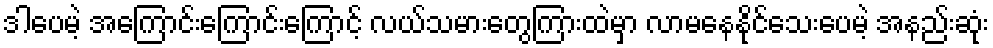
ဒါပေမဲ့ အကြောင်းကြောင်းကြောင့် လယ်သမားတွေကြားထဲမှာ လာမနေနိုင်သေးပေမဲ့ အနည်းဆုံး